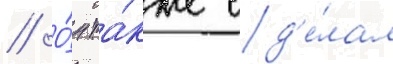
// О́н та́кже сд'е́лал